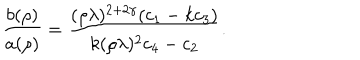
LaTeX: \left. \frac { b ( \rho ) } { a ( \rho ) } = \frac { ( \rho \lambda ) ^ { 2 + 2 \gamma } ( c _ { 1 } - k c _ { 3 } ) } { k ( \rho \lambda ) ^ { 2 } c _ { 4 } - c _ { 2 } } \right. .